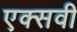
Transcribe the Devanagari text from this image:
एक्सवी